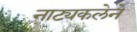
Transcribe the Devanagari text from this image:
नाट्यकलेने